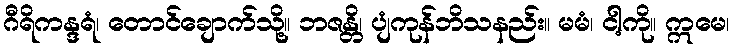
ဂီရိကန္ဒရံ၊ တောင်ချောက်သို့။ ဘဇန္တိ၊ ပျံကုန်ဘိသနည်း။ မမံ၊ ငါ့ကို။ ဣမေ၊